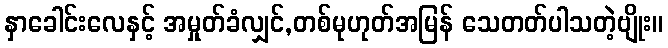
နှာခေါင်းလေနှင့် အမှုတ်ခံလျှင်,တစ်မုဟုတ်အမြန် သေတတ်ပါသတဲ့ဗျိုး။